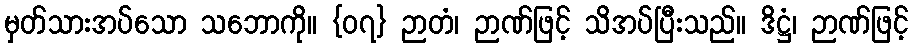
မှတ်သားအပ်သော သဘောကို။ {၀၇} ဉာတံ၊ ဉာဏ်ဖြင့် သိအပ်ပြီးသည်။ ဒိဋ္ဌံ၊ ဉာဏ်ဖြင့်